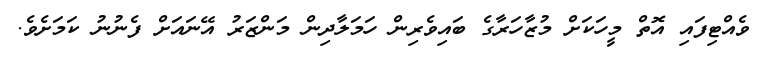
ވެއްޓިފައި އޮތް މީހަކަށް މުޒާހަރާގެ ބައިވެރިން ހަމަލާދިން މަންޒަރު އޭނައަށް ފެނުނު ކަމަށެވެ.